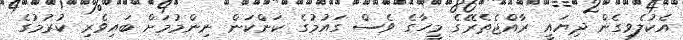
އެކުލެވިގެން ދިޔައީ ރާއްޖެތެރޭގެ މީހާގެ ވެސް ގައުމުގެ ކަންކަން ނިންމުމަށް ބައިވެރި ކުރުމުގެ